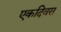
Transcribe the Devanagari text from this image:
एकदिवस